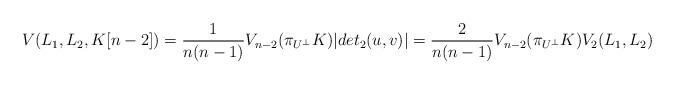
LaTeX: \begin{align*} V(L_1, L_2, K{[n-2]})=\frac{1}{n(n-1)} V_{n-2}(\pi_{U^{\perp}}K)|det_2(u,v)|=\frac{2}{n(n-1)} V_{n-2}(\pi_{U^{\perp}}K) V_2(L_1, L_2) \, \,\end{align*}